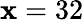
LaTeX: \mathbf{x}=32